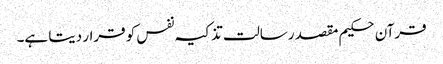
قرآن حکیم مقصد رسالت تذکیہ نفس کو قرار دیتا ہے۔